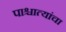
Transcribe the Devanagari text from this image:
पाश्चात्यांचा